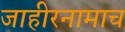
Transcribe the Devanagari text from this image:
जाहीरनामाच